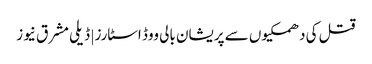
قتل کی دھمکیوں سے پریشان بالی ووڈ اسٹارز | ڈیلی مشرق نیوز